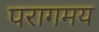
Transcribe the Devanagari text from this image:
परागमय